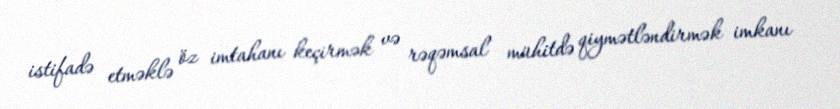
istifadə etməklə öz imtahanı keçirmək və rəqəmsal mühitdə qiymətləndirmək imkanı